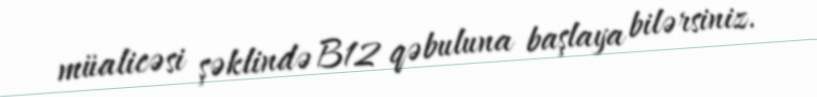
müalicəsi şəklində B12 qəbuluna başlaya bilərsiniz.